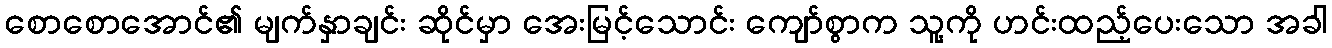
စောစောအောင်၏ မျက်နှာချင်း ဆိုင်မှာ အေးမြင့်သောင်း ကျော်စွာက သူ့ကို ဟင်းထည့်ပေးသော အခါ